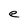
Character: e